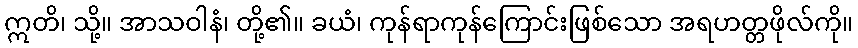
ဣတိ၊ သို့။ အာသဝါနံ၊ တို့၏။ ခယံ၊ ကုန်ရာကုန်ကြောင်းဖြစ်သော အရဟတ္တဖိုလ်ကို။